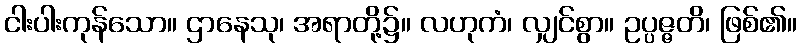
ငါးပါးကုန်သော။ ဌာနေသု၊ အရာတို့၌။ လဟုကံ၊ လျှင်စွာ။ ဥပ္ပဇ္ဇတိ၊ ဖြစ်၏။